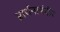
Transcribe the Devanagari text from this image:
प्रार्थनामंदीर